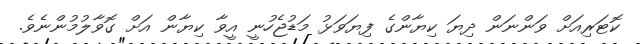
ކޮޓަރިއަށް ވަންނަން ދިޔަ ކިޔާންގެ ފިޔަވަޅު މަޑުޖެހުނީ އީވާ ކިޔާން އަށް ގޮވާލުމުންނެވެ.